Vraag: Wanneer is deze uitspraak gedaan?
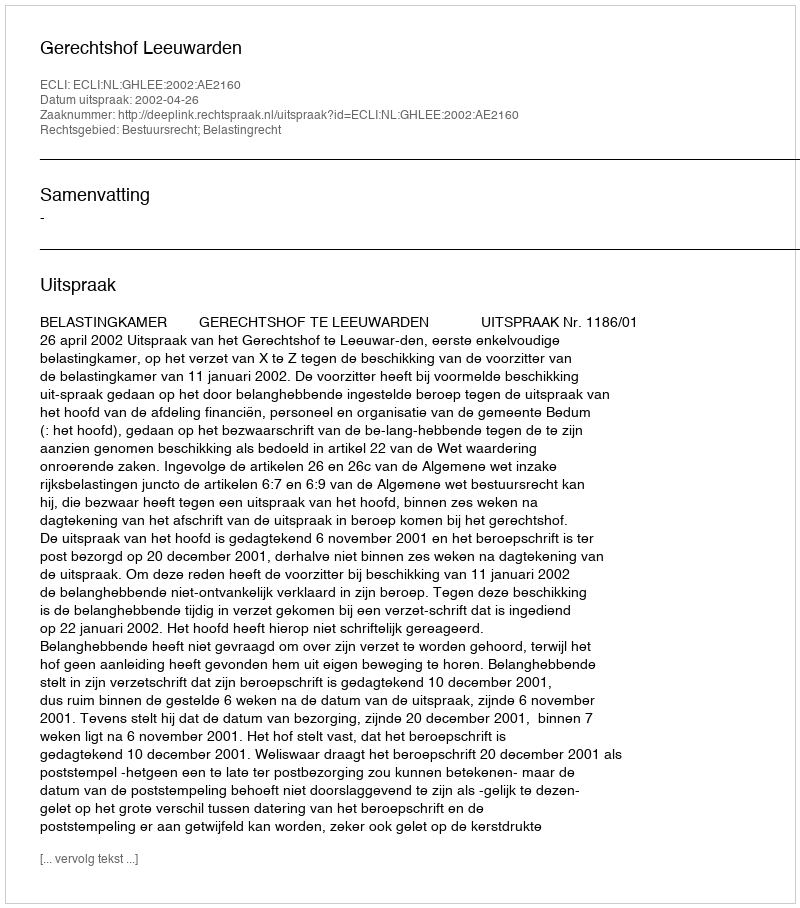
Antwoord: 2002-04-26